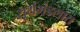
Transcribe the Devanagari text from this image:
सूर्यमंडलात